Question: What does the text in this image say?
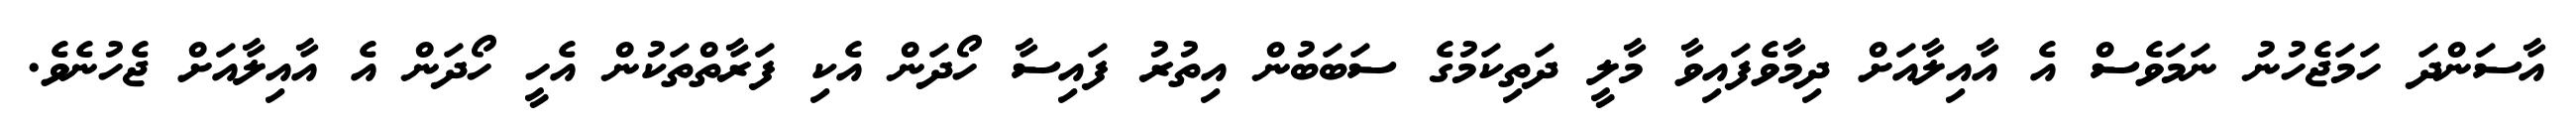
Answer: އާސަންދަ ހަމަޖެހުނު ނަމަވެސް އެ އާއިލާއަށް ދިމާވެފައިވާ މާލީ ދަތިކަމުގެ ސަބަބުން އިތުރު ފައިސާ ހޯދަން އެކި ފަރާތްތަކުން އެހީ ހޯދަން އެ އާއިލާއަށް ޖެހުނެވެ.